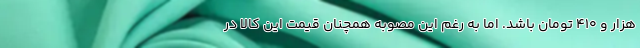
هزار و 410 تومان باشد. اما به رغم این مصوبه همچنان قیمت این کالا در